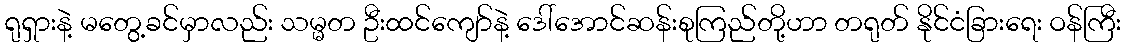
ရုရှားနဲ့ မတွေ့ခင်မှာလည်း သမ္မတ ဦးထင်ကျော်နဲ့ ဒေါ်အောင်ဆန်းစုကြည်တို့ဟာ တရုတ် နိုင်ငံခြားရေး ဝန်ကြီး